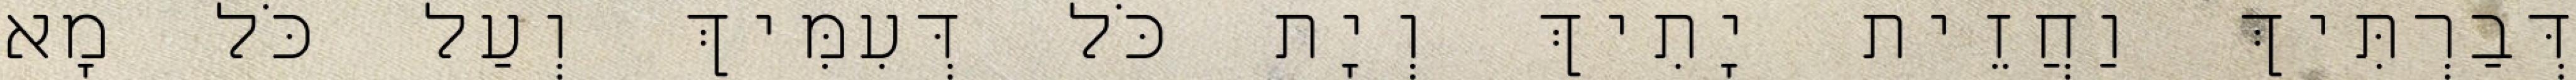
דְּבַרְתִּיךְ וַחֲזֵית יָתִיךְ וְיָת כֹּל דְּעִמִּיךְ וְעַל כֹּל מָא